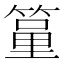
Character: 𥱐